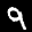
Label: 9